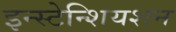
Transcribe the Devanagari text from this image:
इन्स्टेन्शियशन